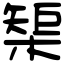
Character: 榘